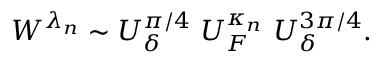
\begin{array} { r } { W ^ { \lambda _ { n } } \sim U _ { \delta } ^ { \pi / 4 } ~ U _ { F } ^ { \kappa _ { n } } ~ U _ { \delta } ^ { 3 \pi / 4 } . } \end{array}